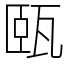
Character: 㼢